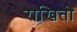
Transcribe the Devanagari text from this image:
राखितो